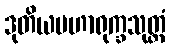
ဒုတိယမဟာရုက္ခသုတ္တံ